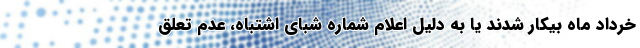
خرداد ماه بیکار شدند یا به دلیل اعلام شماره شبای اشتباه، عدم تعلق